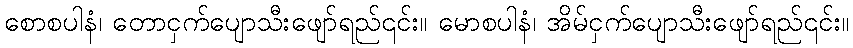
စောစပါနံ၊ တောငှက်ပျောသီးဖျော်ရည်၎င်း။ မောစပါနံ၊ အိမ်ငှက်ပျောသီးဖျော်ရည်၎င်း။